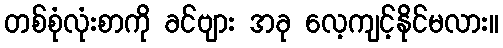
တစ်စုံလုံးစာကို ခင်ဗျား အခု လေ့ကျင့်နိုင်မလား။